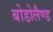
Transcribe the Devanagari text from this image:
बोडोलैण्ड